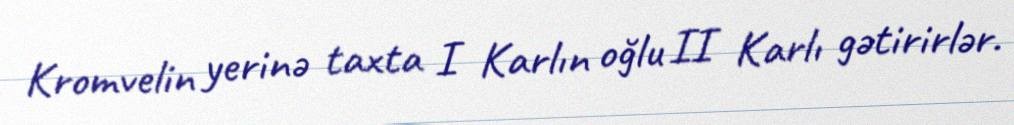
Kromvelin yerinə taxta I Karlın oğlu II Karlı gətirirlər.